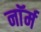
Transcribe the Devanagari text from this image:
नाॅर्म